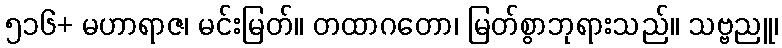
၅၁၆+ မဟာရာဇ၊ မင်းမြတ်။ တထာဂတော၊ မြတ်စွာဘုရားသည်။ သဗ္ဗညူ၊